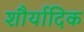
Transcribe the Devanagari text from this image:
शौर्यादिक